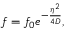
f = f _ { 0 } e ^ { - \frac { \eta ^ { 2 } } { 4 D } } ,